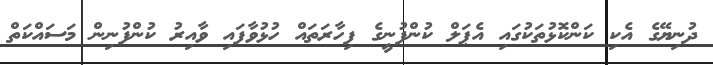
ދުނިޔޭގެ އެކި ކަންކޮޅުތަކުގައި އެޕަލް ކުންފުނީގެ ފިހާރަތައް ހުޅުވާފައި ވާއިރު ކުންފުނިން މަސައްކަތް